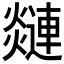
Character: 𲆅